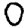
Digit: 0